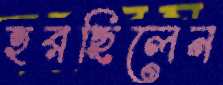
হরছিলেন